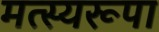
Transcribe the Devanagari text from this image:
मत्स्यरूपा